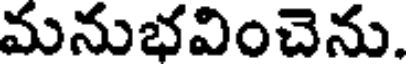
మనుభవించెను.